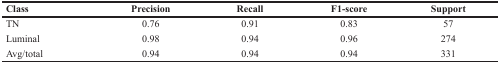
| Class | Precision | Recall | F1-score | Support |
 | --- | --- | --- | --- | --- |
 | TN | 0.76 | 0.91 | 0.83 | 57 |
 | Luminal | 0.98 | 0.94 | 0.96 | 274 |
 | Avg/total | 0.94 | 0.94 | 0.94 | 331 |